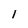
Character: l